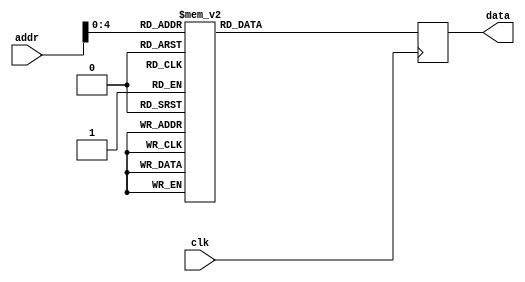
module tdc_rom_17 (
    input clk,
    input [5:0] addr,
    output [7:0] data
  );
 
  reg [7:0] rom_data [31:0];
  reg [7:0] data_d, data_q;
 
  assign data = data_q;
 
  // LSB FIRST by time!! - > the same order like below {}. ie LEFT IS MSB on the oscilo screen
  // WRITING TO TDC WILL BE like right to left, LSB FIRST !!!
  always @(*) begin
    //SOFT_RESET, 4 (h4x) means we want to write. {adrees, data}
    rom_data[0] = 8'h41; // CONFIG2
    rom_data[1] = 8'h40; // CONFIG2
    
    rom_data[2] = 8'h42;
    rom_data[3] = 8'h00; // Interrupt status register.

    rom_data[4] = 8'h43;
    rom_data[5] = 8'h07; // Interrupt MASK register. NOT RECOMMENT TO POLLINT TO UNDERSTAND NEW MEASUREMTN IS DONE. INTB pin shoul be used instead.

    rom_data[6] = 8'h44; // Coarse counter overflow_H!! IMPORTANT -- address
    rom_data[7] = 8'h01; // FF is 200us, OF is 10us. 01 WAS  -- value
    // rom_data[7] = 8'h01; // FF is 200us, OF is 10us
    // rom_data[7] = 8'h03; // FF is 200us, OF is 10us
    

    rom_data[8] = 8'h45;
    rom_data[9] = 8'h8F; // 00,FF is 840ns, 018F (see at rom_data[7]) is  ~1.2 us (SHOUL BE bigger than 1.1 us) 180m  Coarse counter overflow_L -- > probably about 100m
    // rom_data[9] = 8'hAF; // 00,FF is 840ns, 018F (see at rom_data[7]) is  ~1.2 us (SHOUL BE bigger than 1.1 us) 180m  Coarse counter overflow_L -- > probably about 100m
    

    // not USED BEGIN, only COARSE COUNTER is used
    rom_data[10] = 8'h46;
    rom_data[11] = 8'hFF; // Clock counter overflow_H // not used

    rom_data[12] = 8'h47; // Clock counter overflow_L // not used
    rom_data[13] = 8'hFF;

    rom_data[14] = 8'h48; // Clock counter STOP MASK_H  // not used
    rom_data[15] = 8'h00; // not used

    rom_data[16] = 8'h49; // Clock counter STOP MASK_L // not used
    rom_data[17] = 8'h00; // Clock counter STOP MASK_L // not used
    // not used END


       
    // CONFIG1 -- NEW MEASUREMENT   
    rom_data[18] = 8'h40; // WILL RESET ALL REGISTERS & INTERRUPT REGISTER also + generate TRIG signal
    rom_data[19] = 8'h81; // 

    // READ TIME1
    rom_data[20] = 8'h10; // TIME1 address
    rom_data[21] = 8'h00; 
    rom_data[22] = 8'h00; 
    rom_data[23] = 8'h00; 


    // READ CALBIB1
    rom_data[24] = 8'h1B; // CALBIB1 address
    rom_data[25] = 8'h00; 
    rom_data[26] = 8'h00; 
    rom_data[27] = 8'h00; 


    // READ CALIB2
    rom_data[28] = 8'h1C; // CALBIB2 address
    rom_data[29] = 8'h00; 
    rom_data[30] = 8'h00; 
    rom_data[31] = 8'h00; 

    //rom_data[10] = 16'b1010101010101010;//{8'h,8'h81}; // Clock counter STOP MASK_L
          
    // rom_data[0] = 16'b10101010;//{8'h40,8'h03}; // Clock counter STOP MASK_L           
    // rom_data[1] = {8'h40,8'h01}; // Clock counter STOP MASK_L           
    // rom_data[2] = {8'h40,8'h01}; // Clock counter STOP MASK_L           
    // rom_data[3] = {8'h44,8'h13}; // Clock counter STOP MASK_L           


        

    // rom_data[1] = 24'b101000000000011100000001; // LDAC SETUP

  // reg [7:0] add = 8'b00010011;
    // rom_data[2] = {8'b00000000, delta_A, 8'b00000000}; // CH A
    // rom_data[3] = {8'b00010001, delta_B, 8'b00000000}; // CH D
    // rom_data[4] = {8'b00010001, add, 8'b00000000}; // CH B
    // rom_data[5] = {8'b00010010, add, 8'b00000000}; // CH C

    // if (addr > 4'd13)
      // data_d = " ";
    // else
      // add_
      data_d = rom_data[addr];
  end
 

  always @(posedge clk) begin
    data_q <= data_d;
  end
 
endmodule